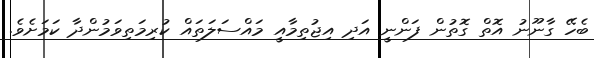
ބެހޭ ގާނޫނު އޮތް ގޮތުން ފަންނީ އަދި އިޖުތިމާއީ މައްސަލަތައް ކުރިމަތިވަމުންދާ ކަމަށެވެ.